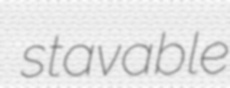
stavable